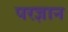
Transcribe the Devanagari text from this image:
परज्ञान